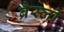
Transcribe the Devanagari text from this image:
ब्रैस्लो